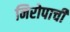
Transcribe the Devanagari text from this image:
निरोपाची